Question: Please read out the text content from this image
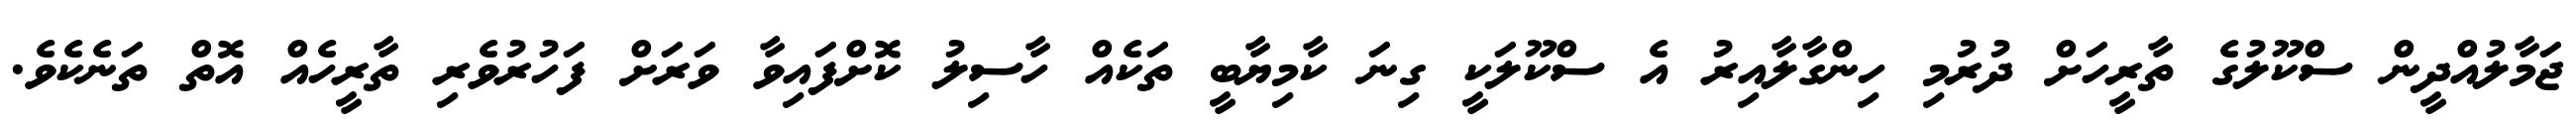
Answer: ޖަމާލުއްދީން ސްކޫލުގެ ތާރީހަށް ދުރުމި ހިންގާލާއިރު އެ ސްކޫލަކީ ގިނަ ކާމިޔާބީ ތަކެއް ހާސިލު ކޮށްފައިވާ ވަރަށް ފަހުރުވެރި ތާރީހެއް އޮތް ތަނެކެވެ.